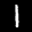
Label: 1